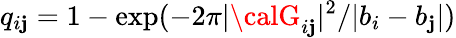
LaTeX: q_{i\mathbf{j}}=1-\exp(-2\pi|{\calG}_{i\mathbf{j}}|^{2}/|b_{i}-b_{\mathbf{j}}|)